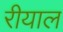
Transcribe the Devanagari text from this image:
रीयाल